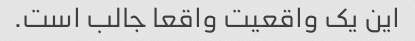
این یک واقعیت واقعا جالب است.